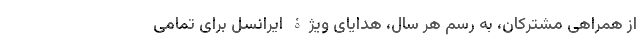
از همراهی مشترکان، به رسم هر سال، هدایای ویژۀ ایرانسل برای تمامی